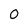
Character: O